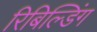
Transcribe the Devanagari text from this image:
रिबिल्डिंग